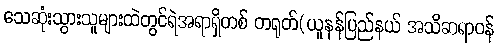
သေဆုံးသွားသူများထဲတွင်ရဲအရာရှိတစ် တရုတ်(ယူနန်ပြည်နယ် အသိဆရာဝန်